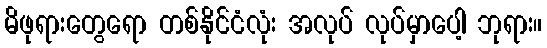
မိဖုရားတွေရော တစ်နိုင်ငံလုံး အလုပ် လုပ်မှာပေါ့ ဘုရား။